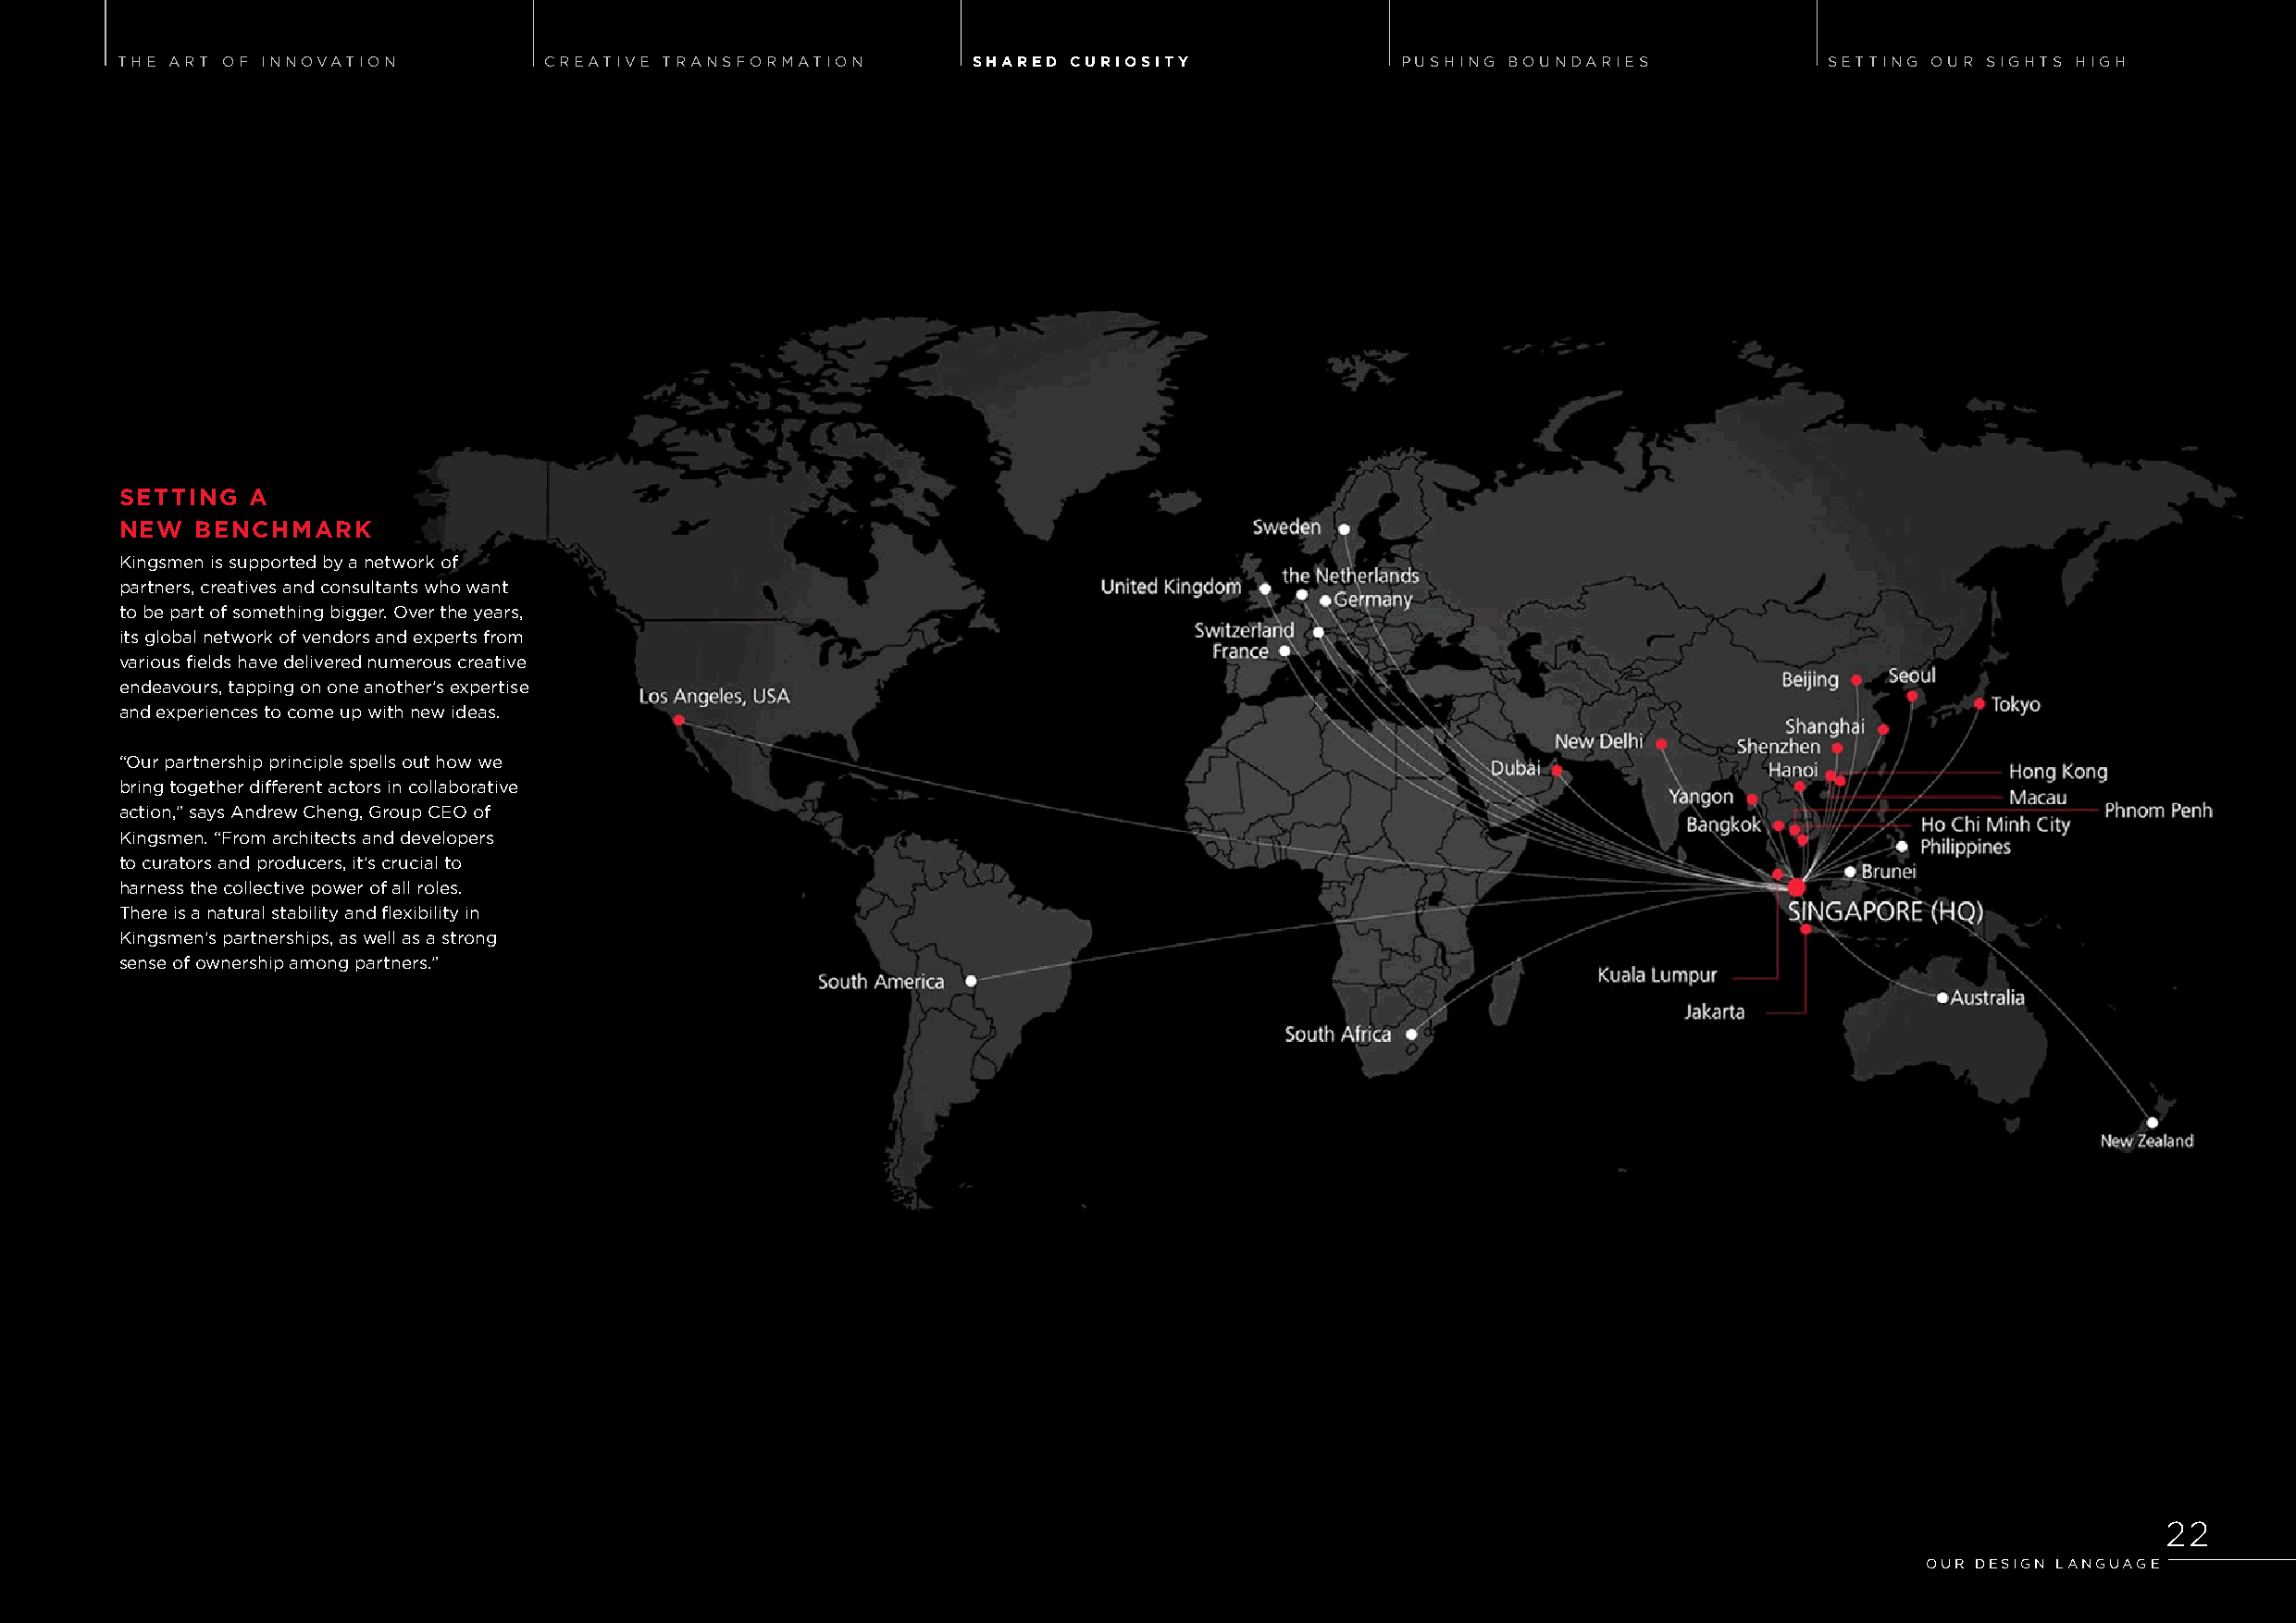
THE ART OF INNOVATION          CREATIVE TRANSFORMATION        SHARED CURIOSITY              PUSHING BOUNDARIES             SETTING OUR SIGHTS HIGH
 SETTING  A
 NEW  BENCHMARK
 Kingsmen is supported by a network of
 partners, creatives and consultants who want
 to be part of something bigger. Over the years,
 its global network of vendors and experts from
 various fields have delivered numerous creative
 endeavours, tapping on one another’s expertise
 and experiences to come up with new ideas.
 “Our partnership principle spells out how we
 bring together different actors in collaborative
 action,” says Andrew Cheng, Group CEO of
 Kingsmen. “From architects and developers
 to curators and producers, it’s crucial to
 harness the collective power of all roles.
 There is a natural stability and flexibility in
 Kingsmen’s partnerships, as well as a strong
 sense of ownership among partners.”
 2222
 OOUURR DDEESSIIGGNN LLAANNGGUUAAGGEE